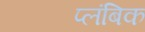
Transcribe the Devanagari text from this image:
प्लंबिक